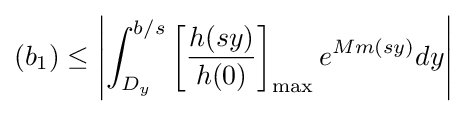
(b_{1})\leq \left|\int _{D_{y}}^{b/s}\left[{\frac {h(sy)}{h(0)}}\right]_{\text{max}}e^{Mm(sy)}dy\right|